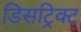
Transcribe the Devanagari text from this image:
डिसट्रिक्ट